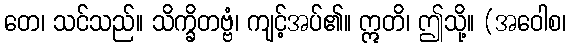
တေ၊ သင်သည်။ သိက္ခိတဗ္ဗံ၊ ကျင့်အပ်၏။ ဣတိ၊ ဤသို့။ (အဝေါစ၊